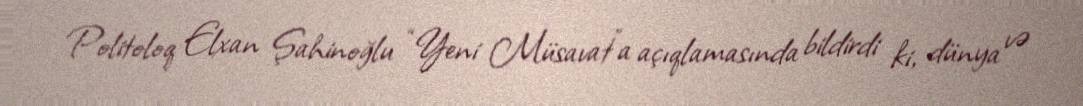
Politoloq Elxan Şahinoğlu “Yeni Müsavat”a açıqlamasında bildirdi ki, dünya və